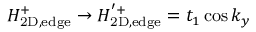
H _ { \mathrm { 2 D , e d g e } } ^ { + } \rightarrow H _ { \mathrm { 2 D , e d g e } } ^ { ' + } = t _ { 1 } \cos k _ { y }